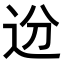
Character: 𬨟